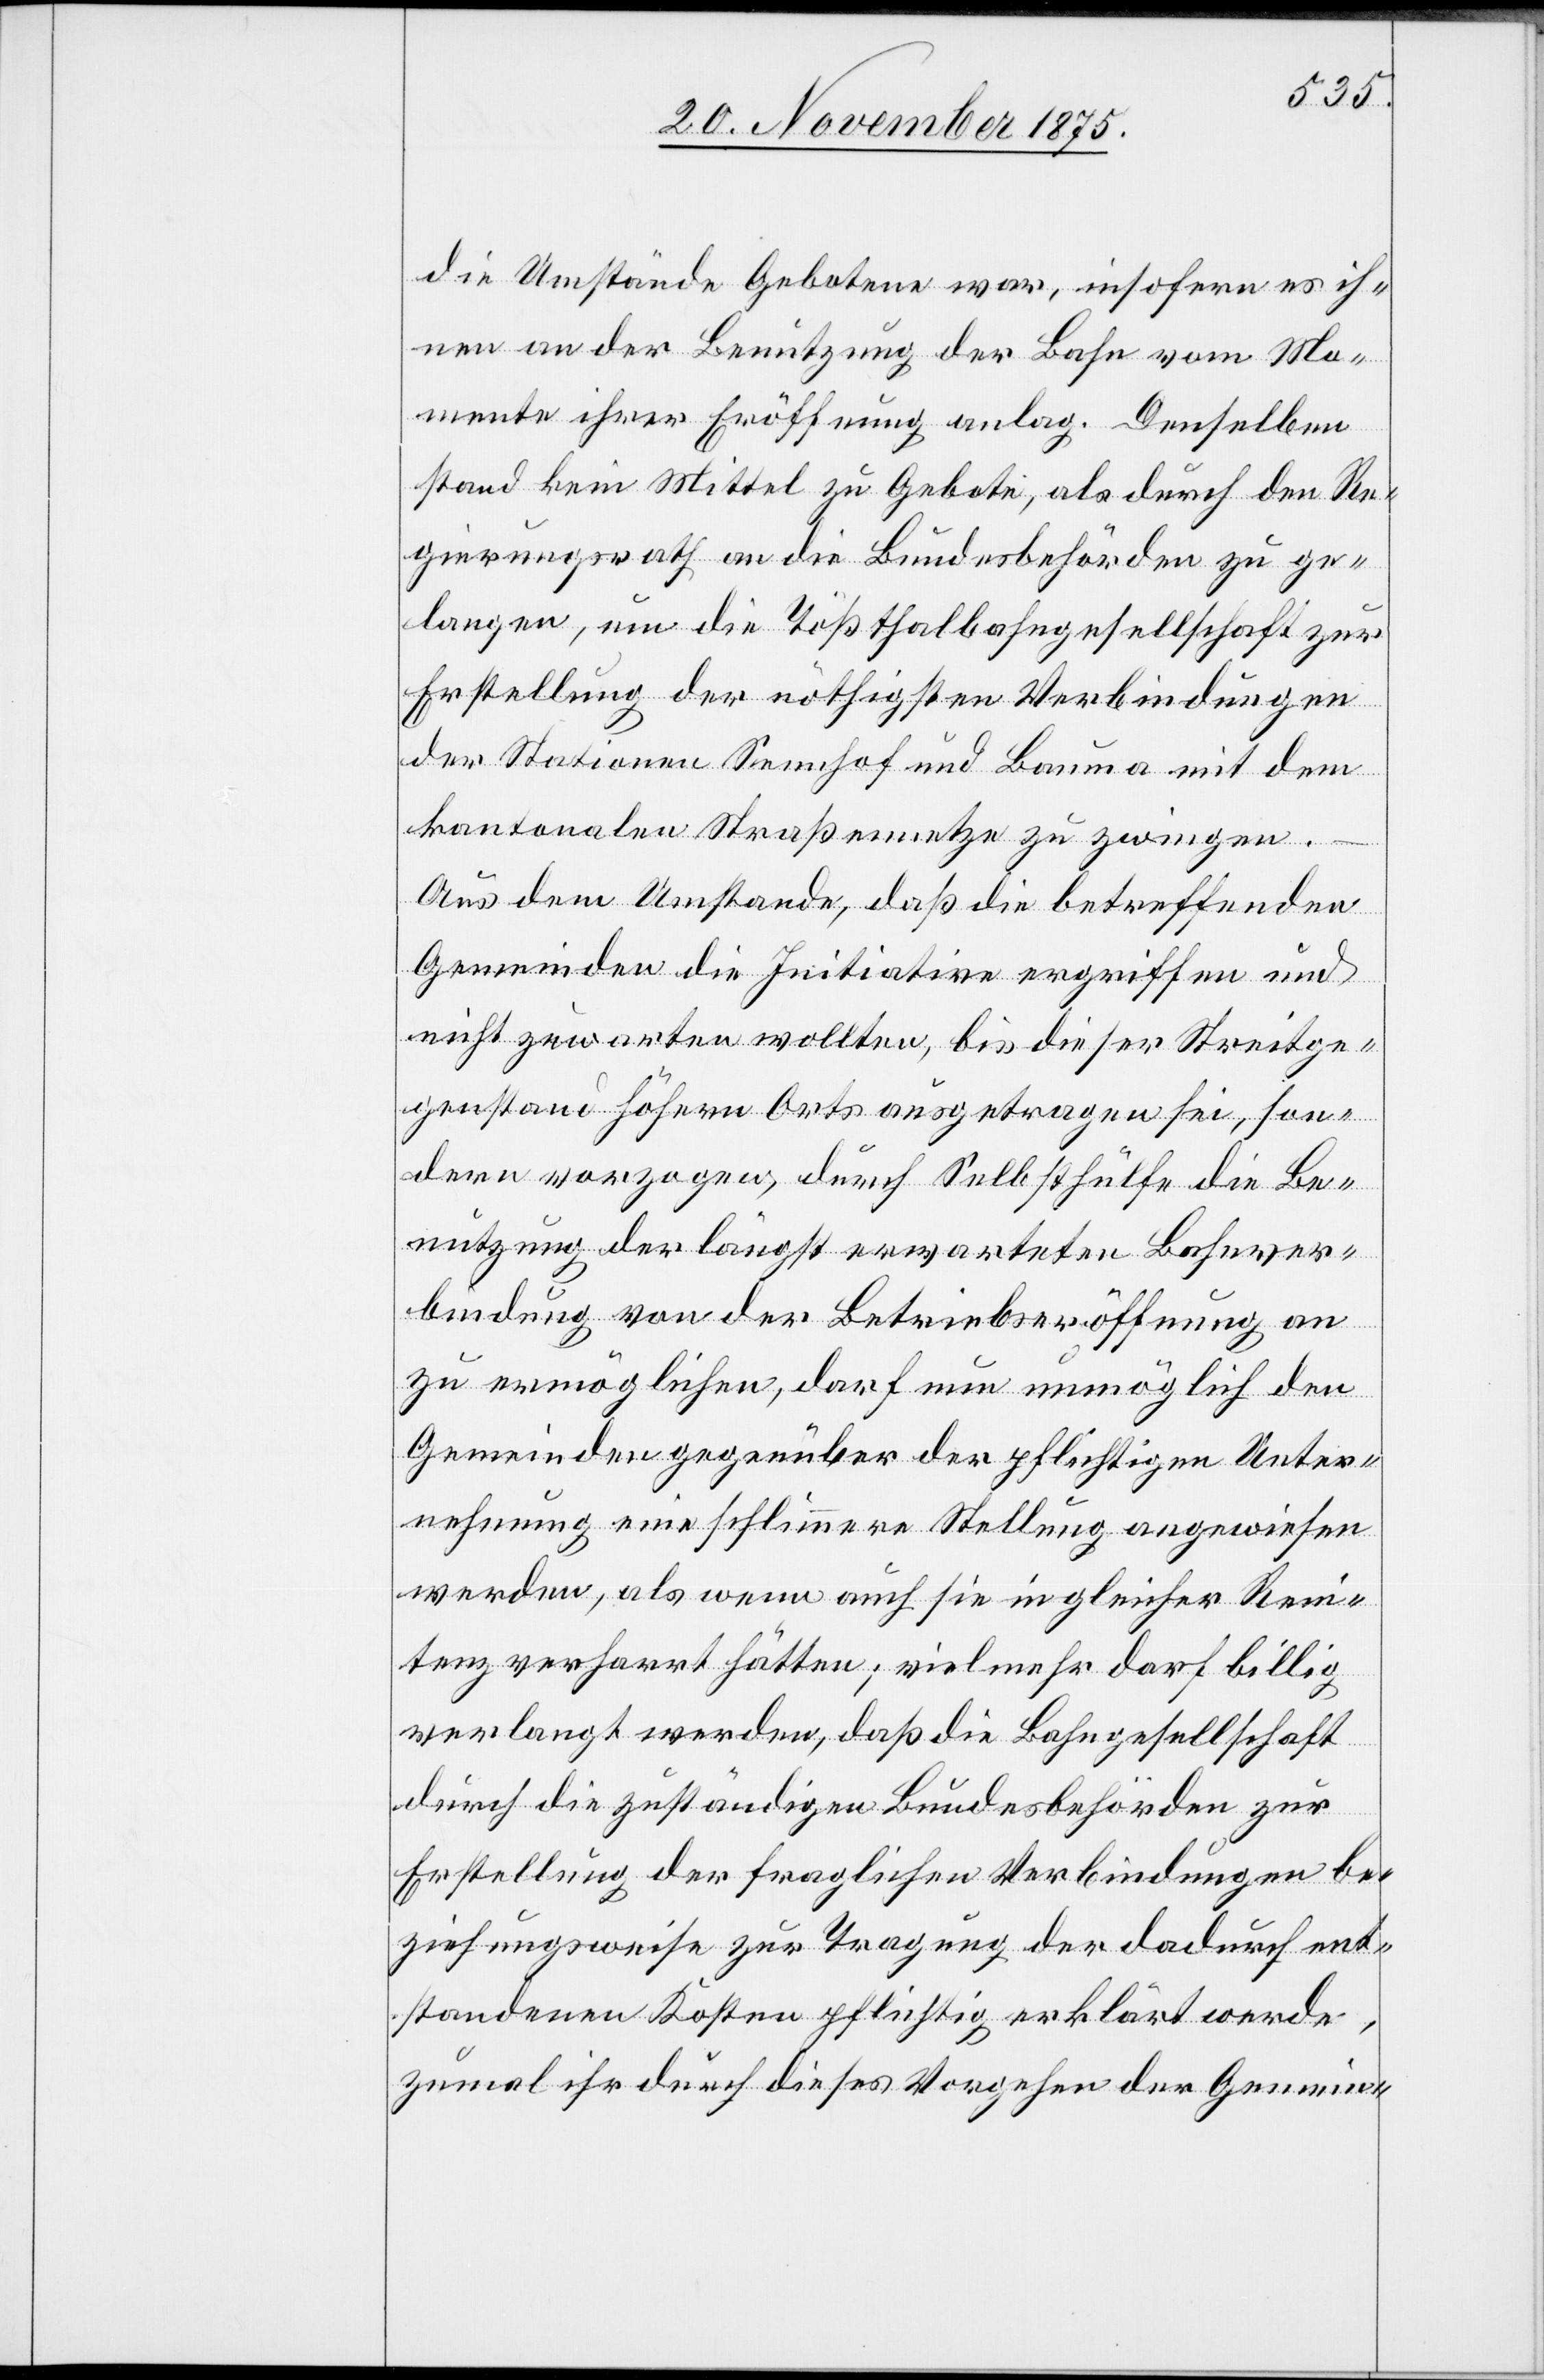
die Umstände Gebotene war, insofern es ih¬
nen an der Benutzung der Bahn vom Mo¬
mente ihrer Eröffnung an lag. Denselben
stand kein Mittel zu Gebote, als durch den Re¬
gierungsrath an die Bundesbehörden zu ge¬
langen, um die Tößthalbahngesellschaft zur
Erstellung der nöthigsten Verbindungen
der Stationen Sennhof und Bauma mit dem
kantonalen Straßennetze zu zwingen.
Aus dem Umstande, daß die betreffenden
Gemeinden die Initiative ergriffen und
nicht zuwarten wollten, bis dieser Streitge¬
genstand höhern Orts ausgetragen sei, son¬
dern vorzogen, durch Selbsthülfe die Be¬
nutzung der längst erwarteten Bahnver¬
bindung von der Betriebseröffnung an
zu ermöglichen, darf nun unmöglich den
Gemeinden gegenüber der pflichtigen Unter¬
nehmung eine schlimmere Stellung angewiesen
werden, als wenn auch sie in gleicher Reni¬
tenz verharrt hätten; vielmehr darf billig
verlangt werden, daß die Bahngesellschaft
durch die zuständigen Bundesbehörden zur
Erstellung der fraglichen Verbindungen be¬
ziehungsweise zur Tragung der dadurch ent¬
standenen Kosten pflichtig erklärt werde,
zumal ihr durch dieses Vorgehen der Gemein-